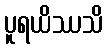
ပူရယိဿသိ